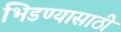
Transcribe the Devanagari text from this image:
भिडण्यासाठी